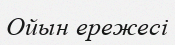
Ойын ережесі